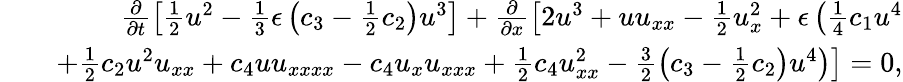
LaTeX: \begin{array}{rlr}&{}&{\frac{\partial}{\partial t}\left[\frac{1}{2}u^{2}-\frac{1}{3}\epsilon\left(c_{3}-\frac{1}{2}c_{2}\right)u^{3}\right]+\frac{\partial}{\partial x}\left[2u^{3}+uu_{xx}-\frac{1}{2}u_{x}^{2}+\epsilon\left(\frac{1}{4}c_{1}u^{4}\right.\right.}\\ &{}&{\left.\left.\mathrm+\frac{1}{2}c_{2}u^{2}u_{xx}+c_{4}uu_{xxxx}-c_{4}u_{x}u_{xxx}+\frac{1}{2}c_{4}u_{xx}^{2}-\frac{3}{2}\left(c_{3}-\frac{1}{2}c_{2}\right)u^{4}\right)\right]=0,}\end{array}